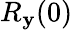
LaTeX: R_{\mathbf{y}}(0)